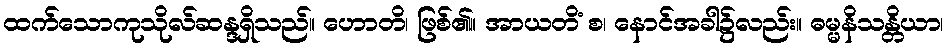
ထက်သောကုသိုလ်ဆန္ဒရှိသည်။ ဟောတိ၊ ဖြစ်၏။ အာယတိံ စ၊ နောင်အခါ၌လည်း။ ဓမ္မနိသန္တိယာ၊